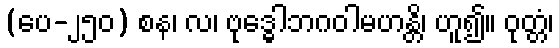
(ပေ-၂၅၀) စန၊ လ၊ ဗုဒ္ဓေါဘဂဝါမဟန္တိ၊ ဟူ၍။ ဝုတ္တံ၊